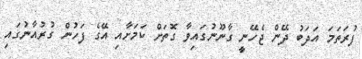
ފުރަތަމަ އަދަބު ދޭން ޖެހޭނީ ގާނޫނުގައިވާ ގޮތަށް ކަމަށާއި އޭގެ ފަހުން ގުރުއާނުގައި